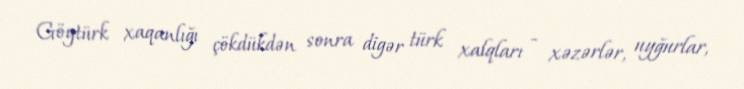
Göytürk xaqanlığı çökdükdən sonra digər türk xalqları - xəzərlər, uyğurlar,